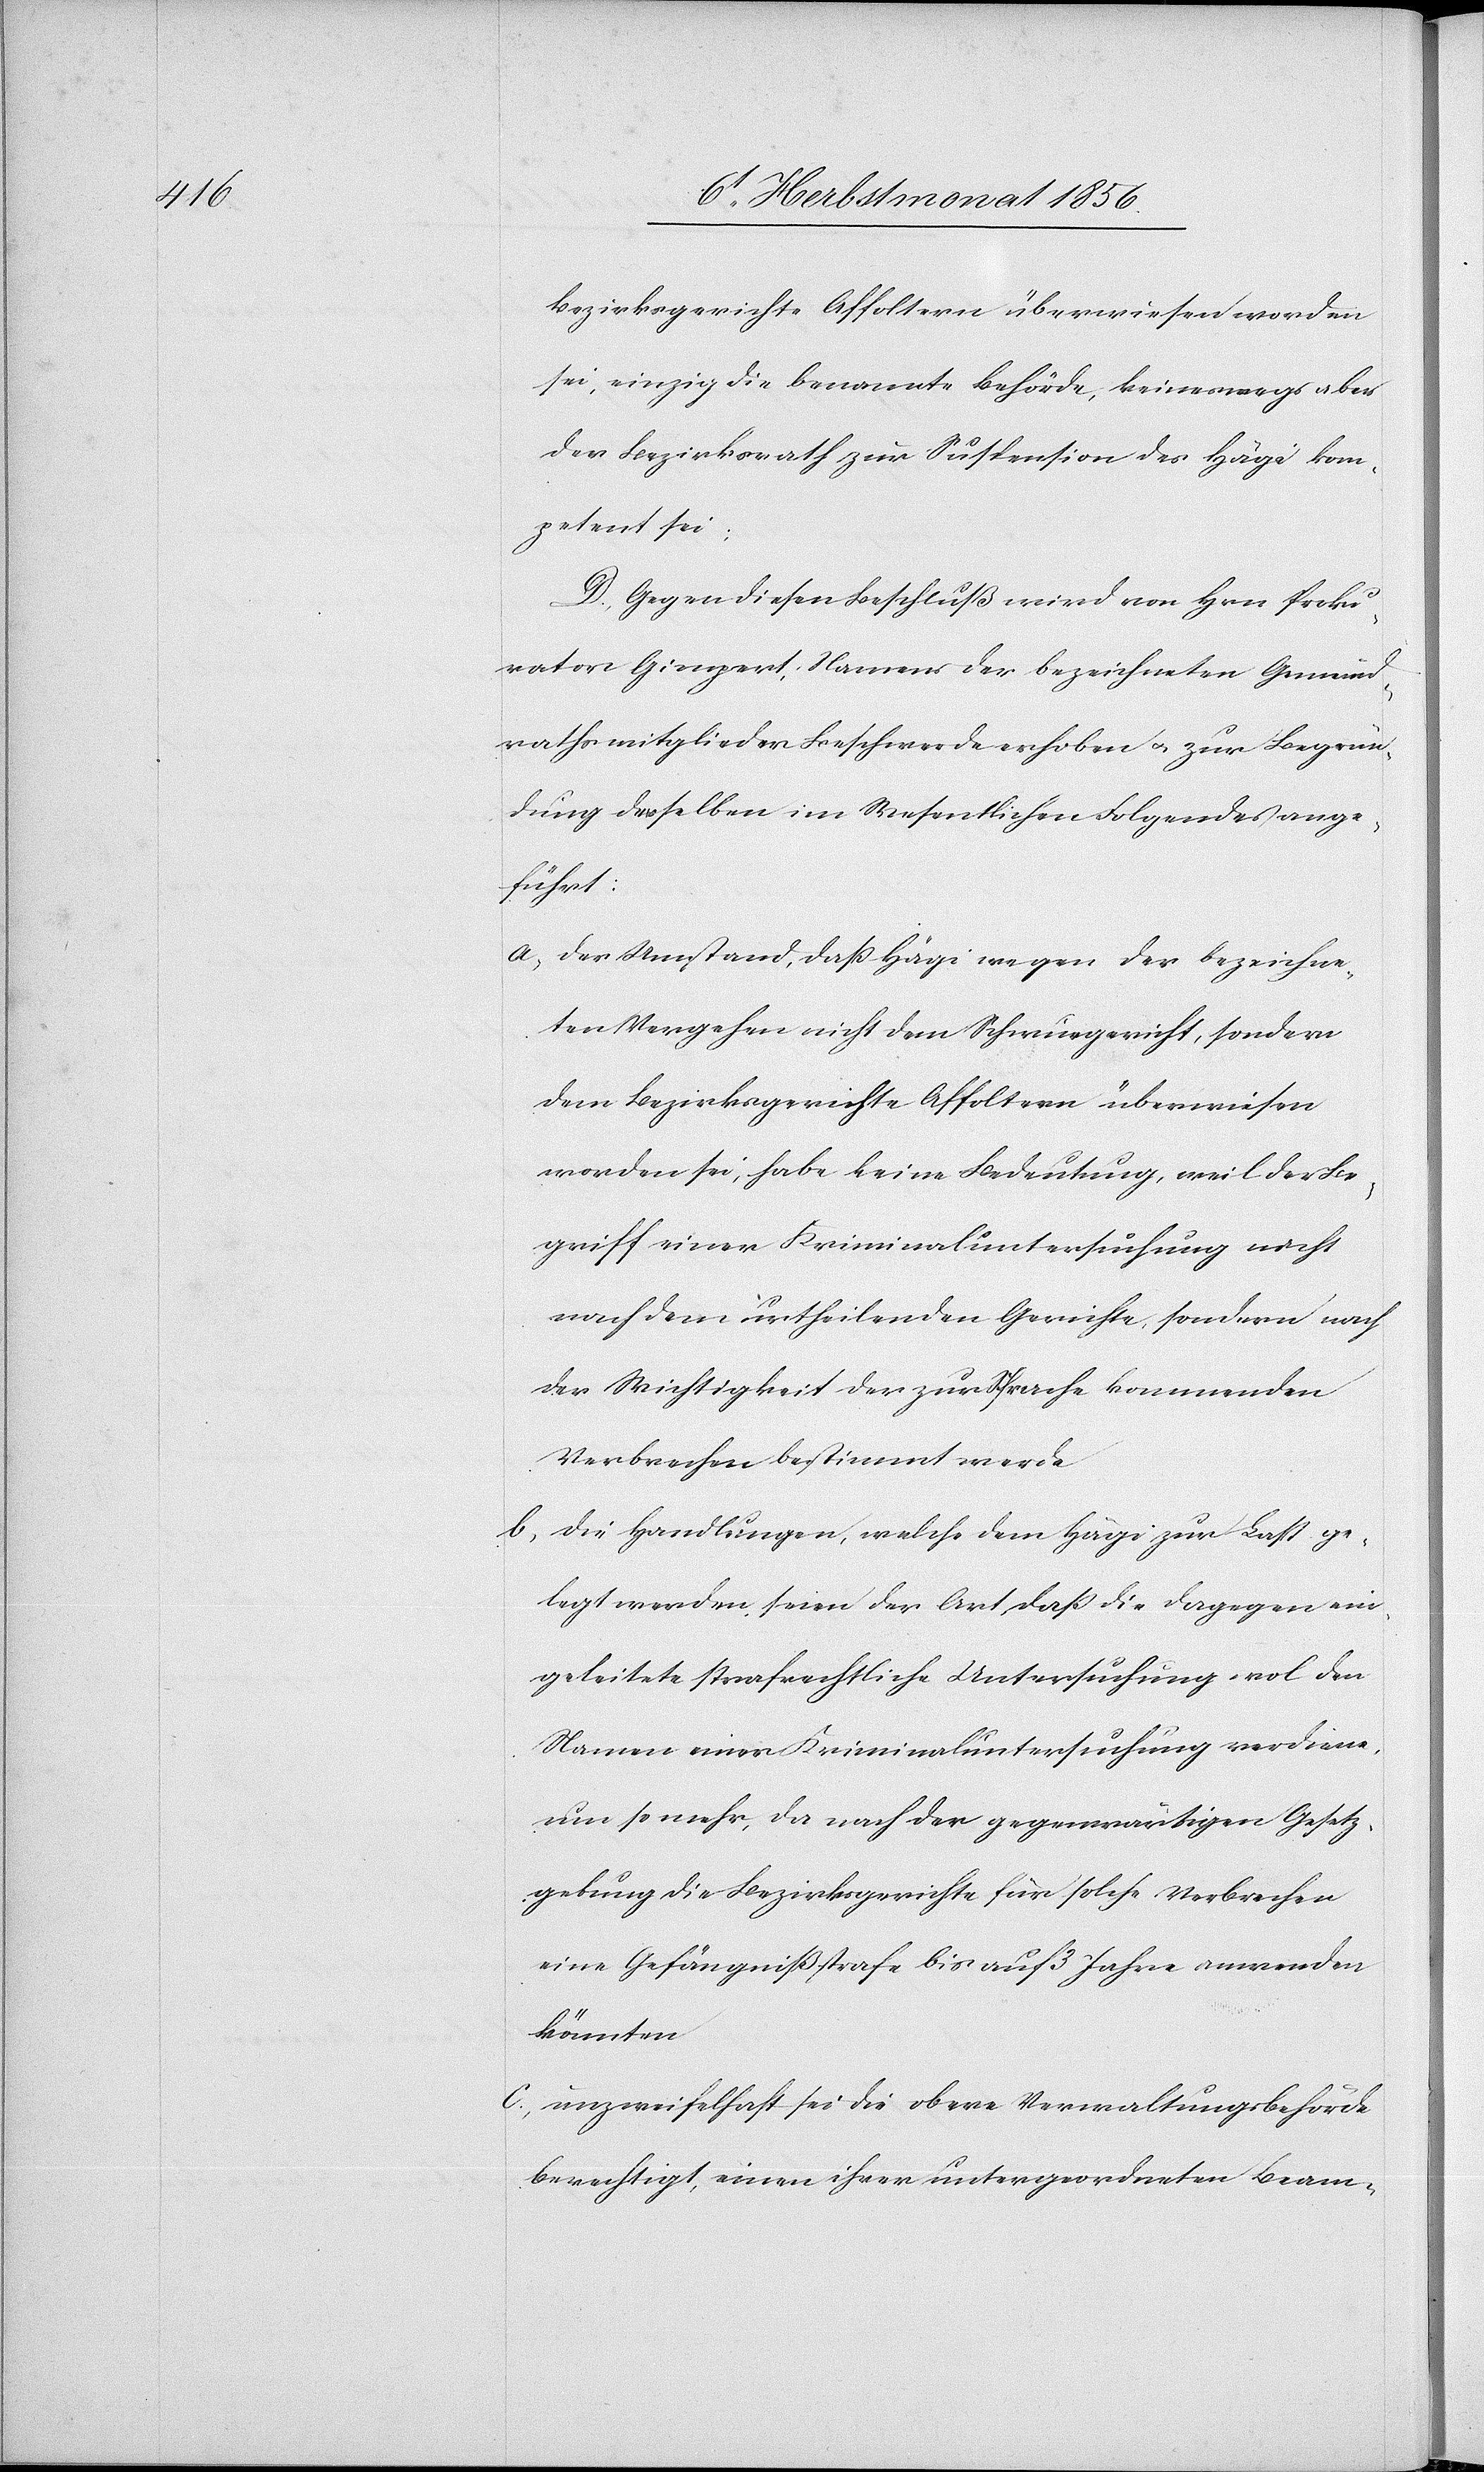
Bezirksgerichte Affoltern überwiesen worden
sei, einzige die benannte Behörde, keineswegs aber
der Bezirksrath zur Suspension des Hägi kom¬
petent sei.
D.) Gegen diesen Beschluß wird von Hrn Proku¬
rator Gimpert, Namens der bezeichneten Gemeind¬
rathsmitglieder Beschwerde erhoben u. zur Begrün¬
dung derselben im Wesentlichen Folgendes ange¬
führt:
a.) der Umstand, dass Hägi wegen der bezeichne¬
ten Vergehen nicht dem Schwurgericht, sondern
dem Bezirksgerichte Affoltern überwiesen
worden sei, habe keine Bedeutung, weil der Be¬
griff einer Kriminaluntersuchung nicht
nach dem urtheilenden Gerichte, sondern nach
der Wichtigkeit der zur Sprache kommenden
Verbrechen bestimmt werde
b.) die Handlungen, welche dem Hägi zur Last ge¬
legt worden, seien der Art, dass die dagegen ein¬
geleitete strafrechtliche Untersuchung wol den
Namen einer Kriminaluntersuchung verdiene,
um so mehr, da nach der gegenwärtigen Gesetz¬
gebung die Bezirksgerichte für solche Verbrechen
eine Gefängnißstrafe bis auf 3 Jahre anwenden
könnten
c.) unzweifelhaft sei die obere Verwaltungsbehörde
berechtigt, einen ihrer untergeordneten Beam-